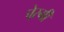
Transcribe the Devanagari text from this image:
पे्रमी